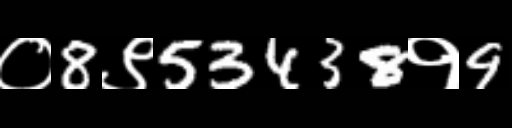
Text: ०8९53438१9